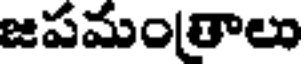
జపమం(తాలు